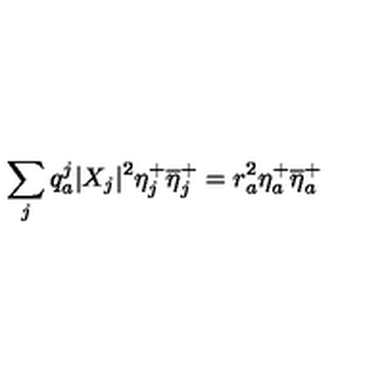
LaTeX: \sum _ { j } q _ { a } ^ { j } | X _ { j } | ^ { 2 } \eta _ { j } ^ { + } \overline { { \eta } } _ { j } ^ { + } = r _ { a } ^ { 2 } \eta _ { a } ^ { + } \overline { { \eta } } _ { a } ^ { + }